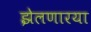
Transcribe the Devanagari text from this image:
झेलणारया